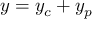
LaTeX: y = y _ { c } + y _ { p }